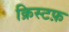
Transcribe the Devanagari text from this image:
क्रिस्टफ़